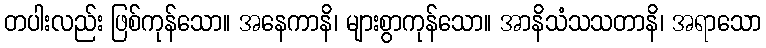
တပါးလည်း ဖြစ်ကုန်သော။ အနေကာနိ၊ များစွာကုန်သော။ အာနိသံသသတာနိ၊ အရာသော